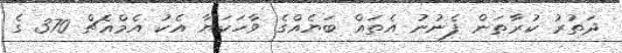
ދަތުރު ކުރާތަން ފެނުނު އެތައް ބަޔެއްގެ ވާހަކަޔާ އެކު އެމްއެޗް 370 ގެ